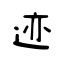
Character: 迹